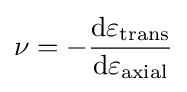
\nu =-{\frac {\mathrm {d} \varepsilon _{\mathrm {trans} }}{\mathrm {d} \varepsilon _{\mathrm {axial} }}}